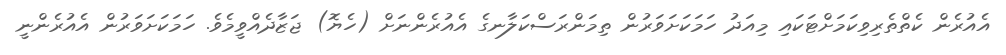
އެއުރެން ކެތްތެރިވިކަމަށްޓަކައި މިއަދު ހަމަކަށަވަރުން ތިމަންރަސްކަލާނގެ އެއުރެންނަށް (ހެޔޮ) ޖަޒާދެއްވީމެވެ. ހަމަކަށަވަރުން އެއުރެންނީ